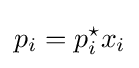
p_{i}=p_{i}^{\star }x_{i}